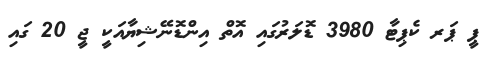
ޕީ ޕަރ ކެޕިޓާ 3980 ޑޮލަރުގައި އޮތް އިންޑޮނޭޝިޔާއަކީ ޖީ 20 ގައި